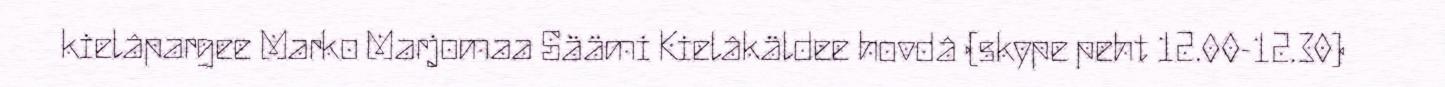
kielâpargee Marko Marjomaa Säämi Kielâkäldee hovdâ (skype peht 12.00-12.30)